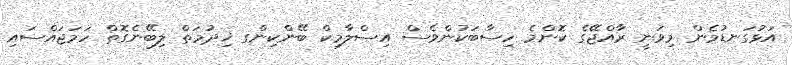
އަޅުގަނޑުމެން މިވަނީ ރާއްޖޭގެ ކޮންމެ ހިސާބަކުންވެސް އިސްލާމިކް ބޭންކިންގ ޚިދުމަތް ލިބޭނެގޮތް ހަމަޖައްސައި